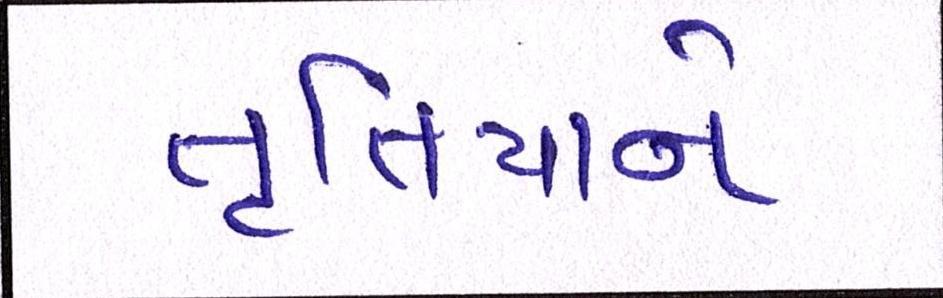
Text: તૃતિયાને